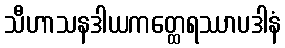
သီဟာသနဒါယကတ္ထေရဿာပဒါနံ